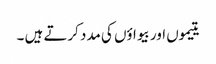
یتیموں اور بیواؤں کی مدد کرتے ہیں ۔